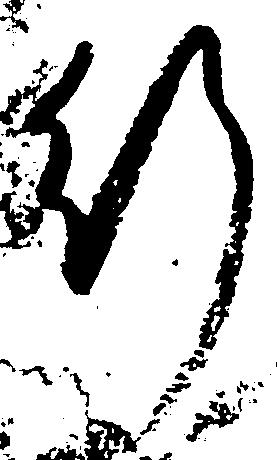
行